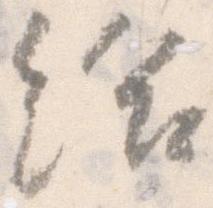
給